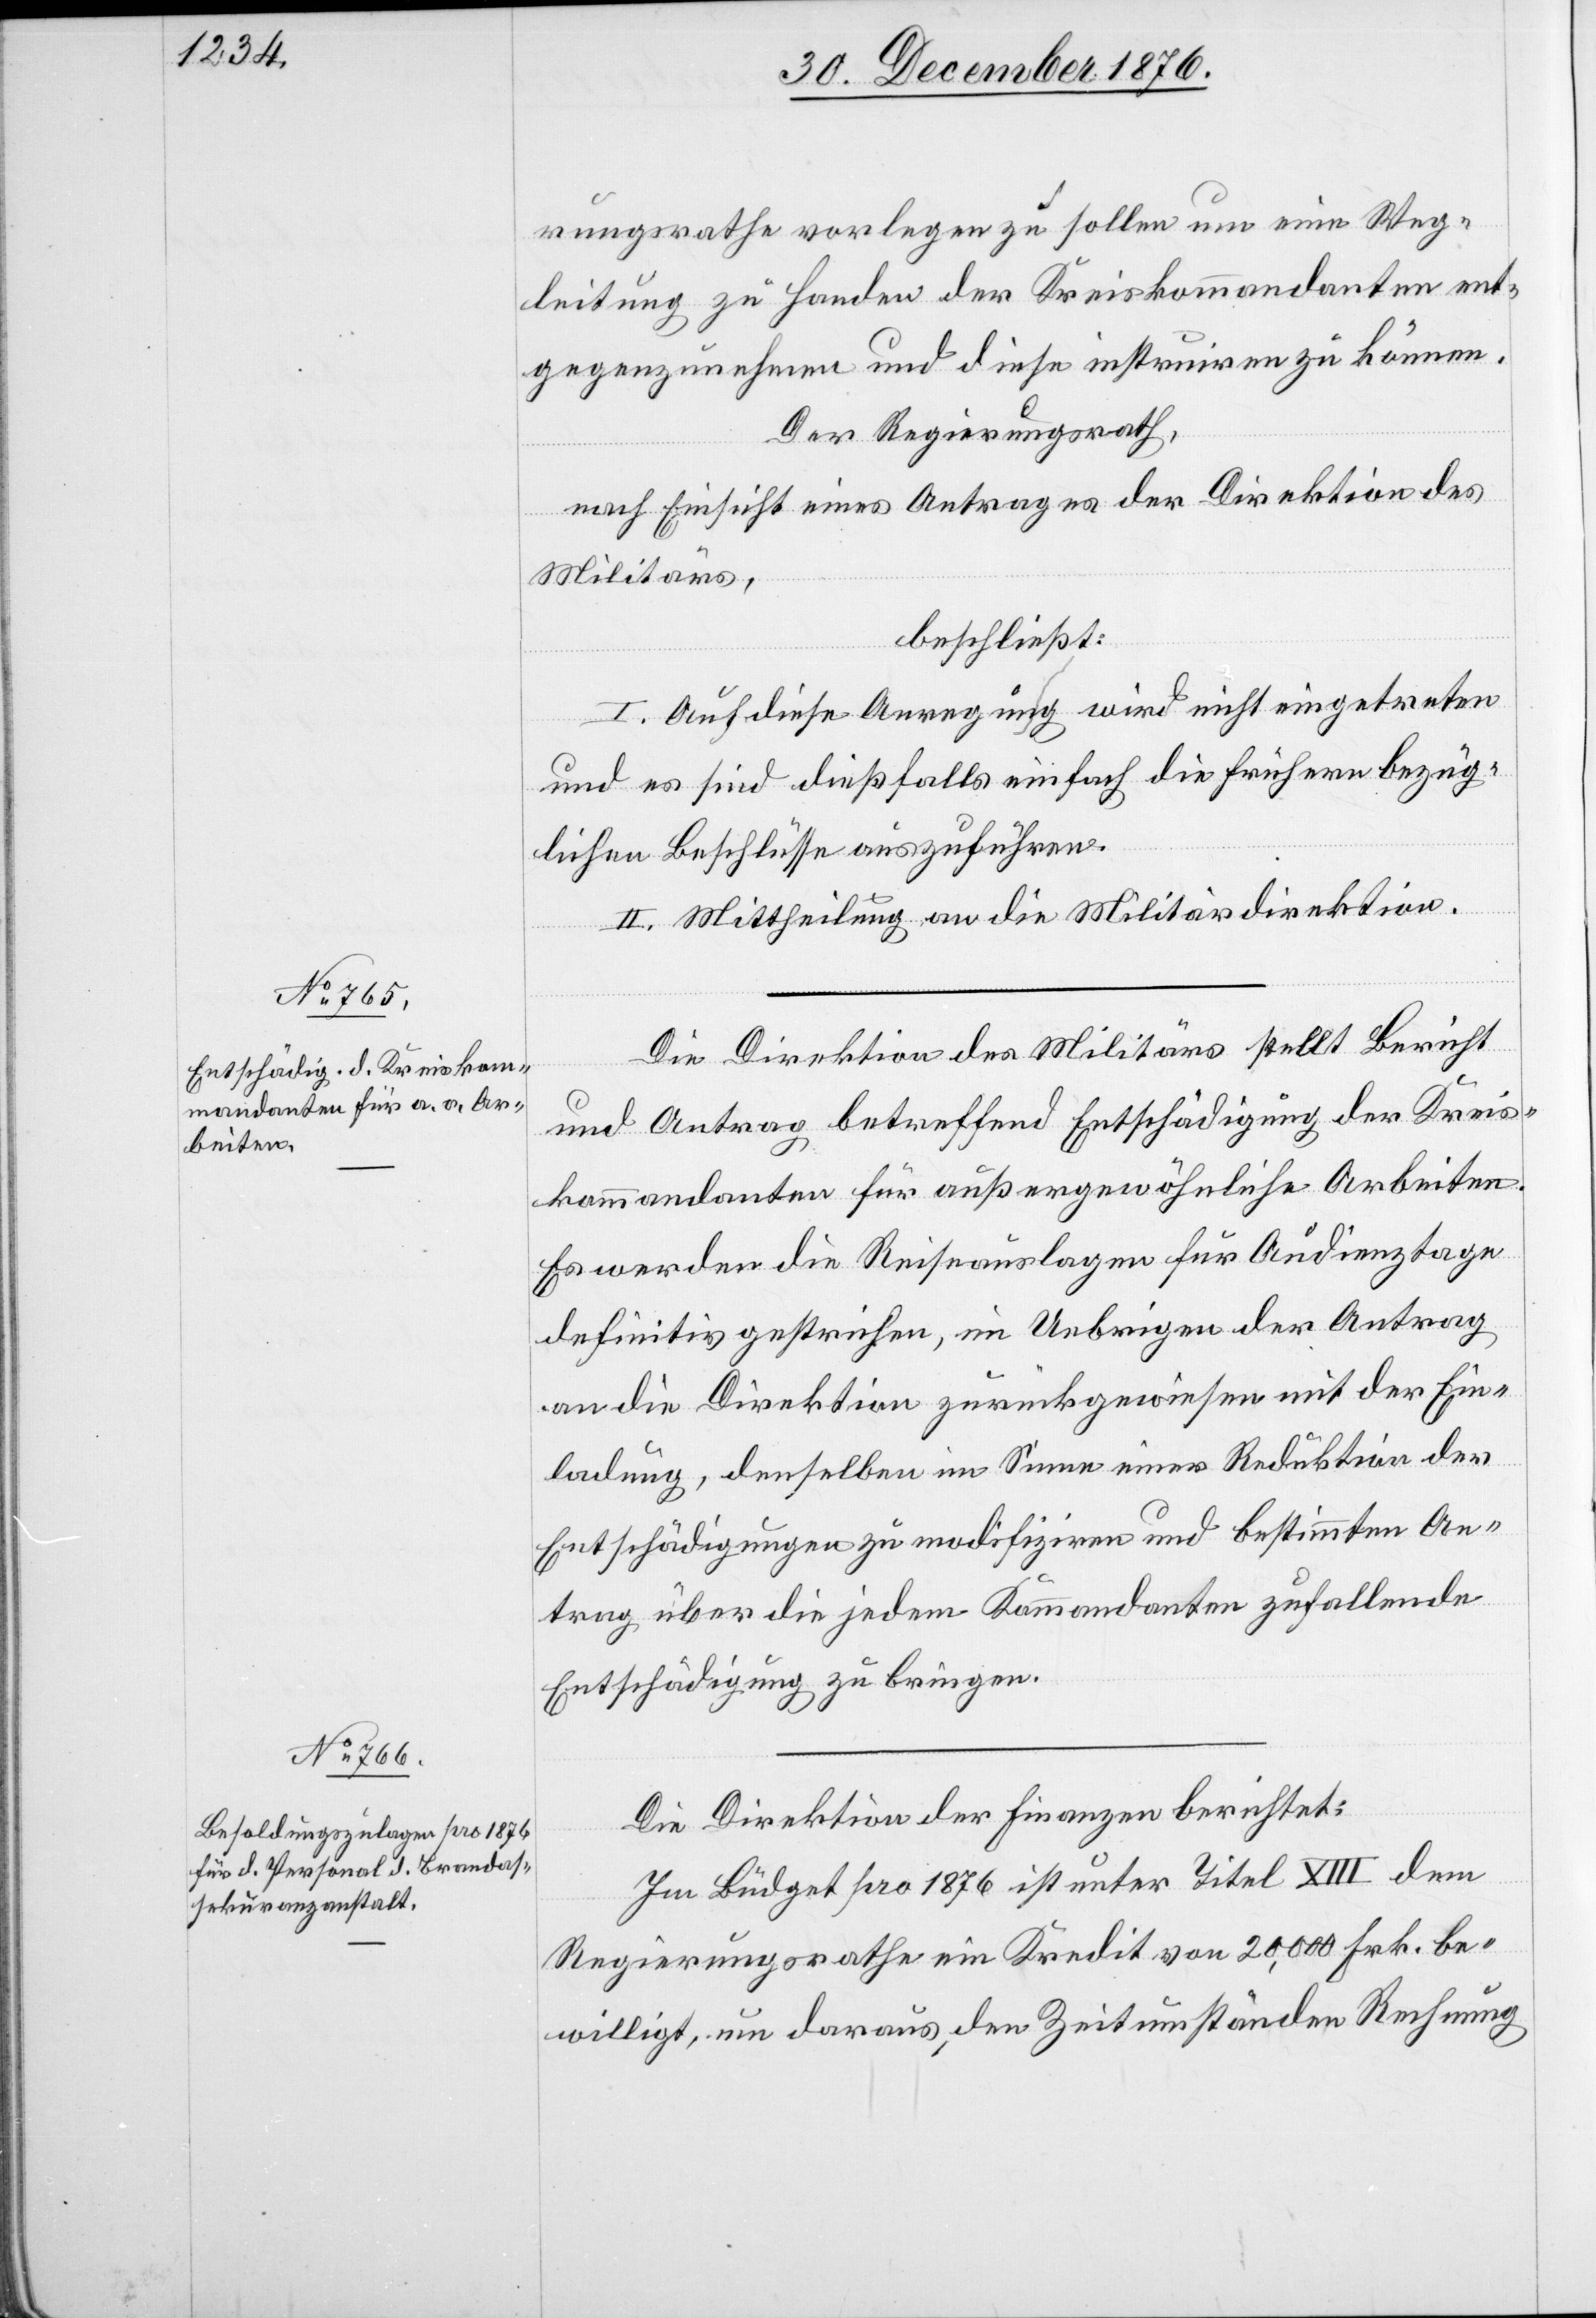
rungsrathe vorlegen zu sollen um eine Weg¬
leitung zu Handen der Kreiskommandanten ent¬
gegenzunehmen und diese instruiren zu können.
Der Regierungsrath,
nach Einsicht eines Antrages der Direktion des
Militärs,
beschließt:
I. Auf diese Anregung wird nicht eingetreten
und es sind dießfalls einfach die frühern bezüg¬
lichen Beschlüsse auszuführen.
II. Mittheilung an die Militärdirektion.
Die Direktion des Militärs stellt Bericht
und Antrag betreffend Entschädigung der Kreis¬
kommandanten für außergewöhnliche Arbeiten.
Es werden die Reiseauslagen für Audienztage
definitiv gestrichen, im Uebrigen der Antrag
an die Direktion zurückgewiesen mit der Ein¬
ladung, denselben im Sinne einer Reduktion der
Entschädigungen zu modifiziren und bestimmten An¬
trag über die jedem Kommandanten zufallende
Entschädigung zu bringen.
Die Direktion der Finanzen berichtet:
Im Büdget pro 1876 ist unter Titel XIII dem
Regierungsrathe ein Kredit von 20,000 Frk. be¬
willigt, um daraus, den Zeitumständen Rechnung